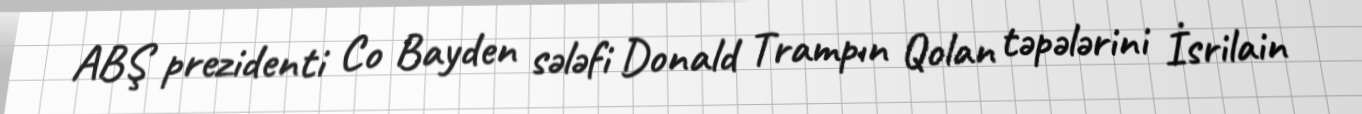
ABŞ prezidenti Co Bayden sələfi Donald Trampın Qolan təpələrini İsrilain